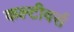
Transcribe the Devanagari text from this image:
कल्टीवर्स